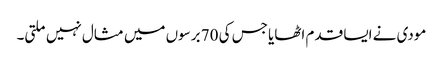
مودی نے ایسا قدم اٹھایا جس کی 70 برسوں میں مثال نہیں ملتی۔